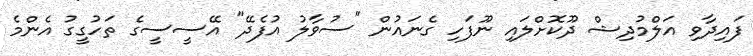
ފައިދާވި އަލްމުދިޝް ދޫކޮށްލައި ނޫފަހި ގެނައުން "ސުވާލު އުފެދޭ" އޭސީސީގެ ތަހުގީގު އެންމެ